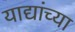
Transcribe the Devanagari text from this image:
याद्यांच्या